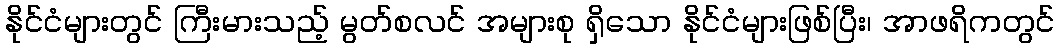
နိုင်ငံများတွင် ကြီးမားသည့် မွတ်စလင် အများစု ရှိသော နိုင်ငံများဖြစ်ပြီး၊ အာဖရိကတွင်